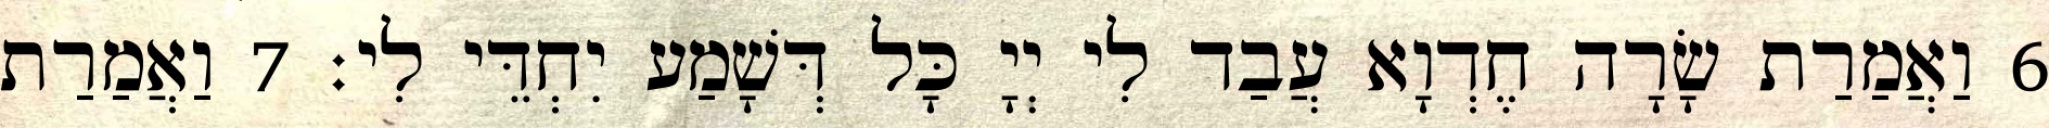
6 וַאֲמַרַת שָׂרָה חֶדְוָא עֲבַד לִי יְיָ כָּל דְּשָׁמַע יִחְדֵּי לִי׃ 7 וַאֲמַרַת